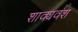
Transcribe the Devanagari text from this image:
शाक्यवंश